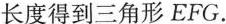
长度得到三角形EFG.